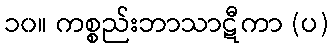
၁၀။ ကစ္စည်းဘာသာဋီကာ (ပ)